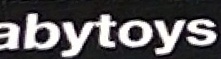
abytoys